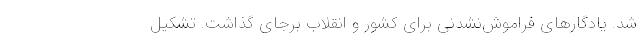
شد. یادگارهای فراموش‌نشدنی برای کشور و انقلاب برجای گذاشت. تشکیل